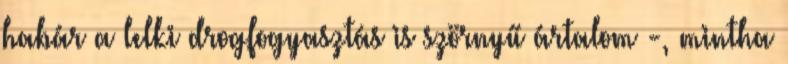
habár a lelki drogfogyasztás is szörnyű ártalom -, mintha